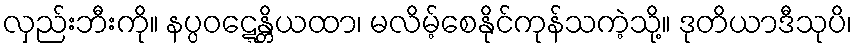
လှည်းဘီးကို။ နပ္ပဝဋ္ဋေန္တိယထာ၊ မလိမ့်စေနိုင်ကုန်သကဲ့သို့။ ဒုတိယာဒီသုပိ၊